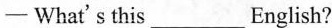
—What's this___English?